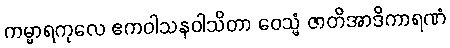
ကမ္မာရကုလေ ဧကဝါသနဝါသိတာ ဝေသ္မံ ဇာတိအာဒိကာရဏံ